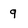
Character: 9